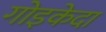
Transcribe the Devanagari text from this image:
गोइकेदा